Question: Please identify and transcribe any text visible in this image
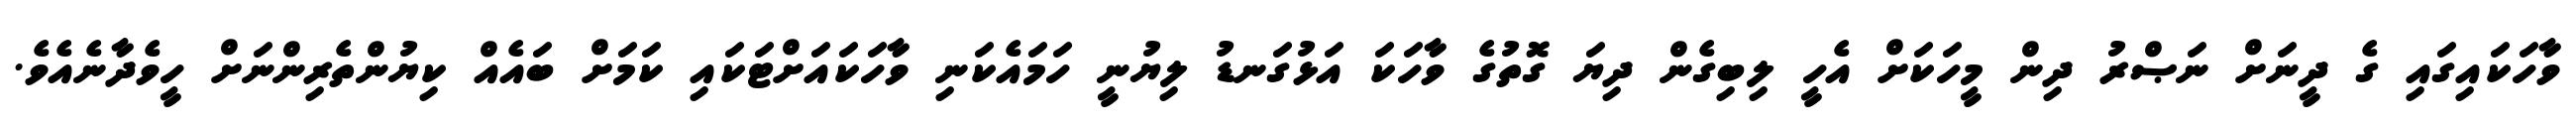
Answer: ވާހަކައިގައި ގެ ދީނަށް ނަޞްރު ދިން މީހަކަށް އެހީ ލިބިގެން ދިޔަ ގޮތުގެ ވާހަކަ އަޅުގަނޑު ލިޔުނީ ހަމައެކަނި ވާހަކައަށްޓަކައި ކަމަށް ބައެއް ކިޔުންތެރިންނަށް ހީވެދާނެއެވެ.